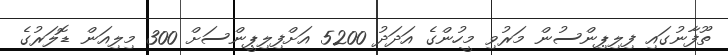
ތޫފާނުގައި ފިލިޕިންސުން މަރުވި މީހުންގެ އަދަދު 5200 އަށްފިލިޕީންސަށް 300 މިލިއަން ޑޮލަރުގެ